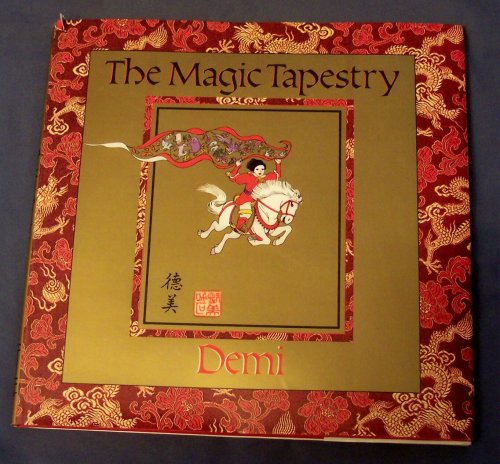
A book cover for The Magic Tapestry: A Chinese Folktale; Demi; Children's Books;